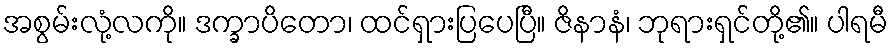
အစွမ်းလုံ့လကို။ ဒက္ခာပိတော၊ ထင်ရှားပြပေပြီ။ ဇိနာနံ၊ ဘုရားရှင်တို့၏။ ပါရမီ